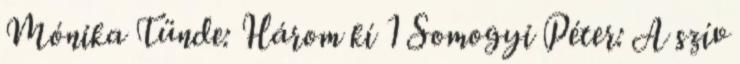
Mónika Tünde: Három kí 1 Somogyi Péter: A szív